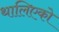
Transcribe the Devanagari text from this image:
थालिएको